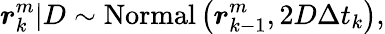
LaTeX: \boldsymbol{r}_{k}^{m}|D\sim\mathrm{Normal}\left(\boldsymbol{r}_{k-1}^{m},2D\Delta t_{k}\right),